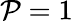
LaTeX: \mathcal{P}=1